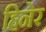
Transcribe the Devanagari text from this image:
हिनेर